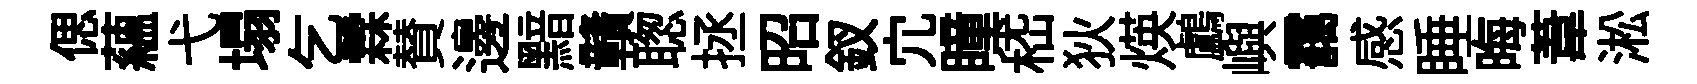
偲藴弋塌乞霖賛邊黯贛聦拯昭釵宂瞳嵇狄煐鸕嶼靄感睡晦葦淞